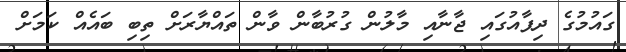
ގައުމުގެ ދިފާއުގައި ޖާނާއި މާލުން ގުރުބާން ވާން ތައްޔާރަށް ތިބި ބައެއް ކަމަށް